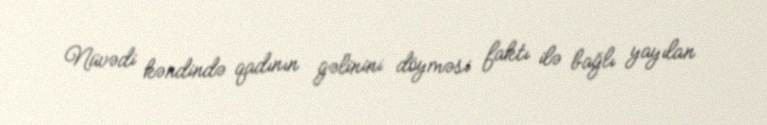
Nüvədi kəndində qadının gəlinini döyməsi faktı ilə bağlı yayılan